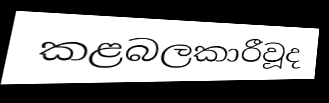
කළබලකාරීවූද